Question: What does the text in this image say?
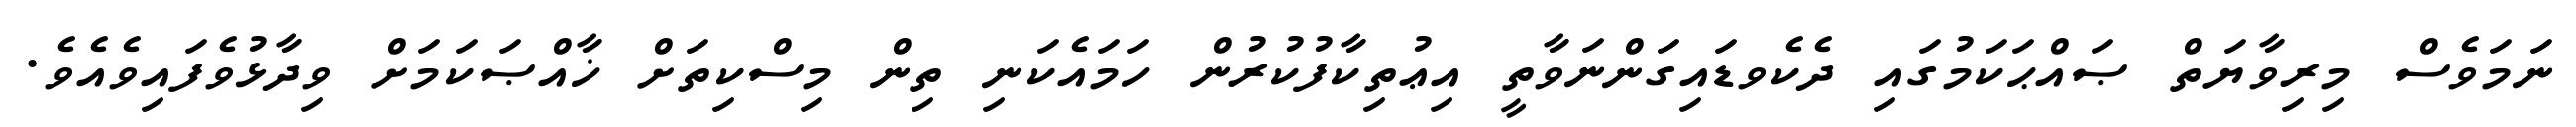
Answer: ނަމަވެސް މިރިވާޔަތް ޞައްޙަކަމުގައި ދެކެވޑައިގަންނަވާތީ އިޢުތިކާފުކުރުން ހަމައެކަނި ތިން މިސްކިތަށް ޚާއްޞަކަމަށް ވިދާޅުވެފައިވެއެވެ.